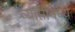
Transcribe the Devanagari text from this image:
व्याप्तीमध्ये